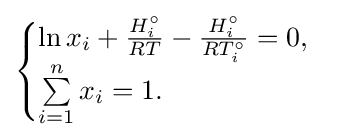
{\begin{cases}\ln x_{i}+{\frac {H_{i}^{\circ }}{RT}}-{\frac {H_{i}^{\circ }}{RT_{i}^{\circ }}}=0,\\\sum \limits _{i=1}^{n}x_{i}=1.\end{cases}}